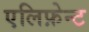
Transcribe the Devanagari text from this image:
एलिफ़ेन्ट